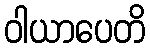
ဝါယာပေတိ